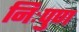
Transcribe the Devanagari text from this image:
निःपुण